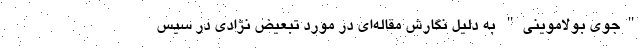
"جوی بولاموینی" به دلیل نگارش مقاله‌ای در مورد تبعیض نژادی در سیس